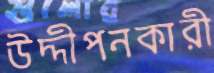
উদ্দীপনকারী